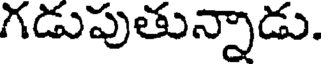
గడుపుతున్నాడు.